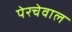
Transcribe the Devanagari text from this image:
पेरचेवाल